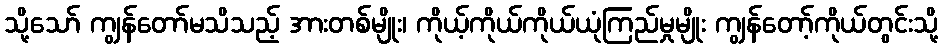
သို့သော် ကျွန်တော်မသိသည့် အားတစ်မျိုး၊ ကိုယ့်ကိုယ်ကိုယ်ယုံကြည်မှုမျိုး ကျွန်တော့်ကိုယ်တွင်းသို့